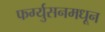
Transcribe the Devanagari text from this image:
फर्ग्युसनमधून